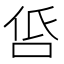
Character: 𠱧